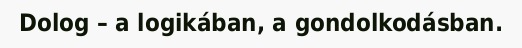
Dolog – a logikában, a gondolkodásban.